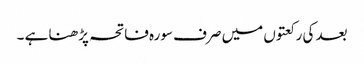
بعد کی رکعتوں میں صرف سورہ فاتحہ پڑھنا ہے ۔